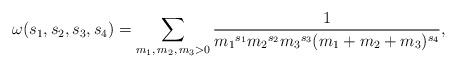
LaTeX: \begin{align*} \omega(s_1, s_2 , s_{3}, s_{4}) = \sum_{m_1,\, m_2,\, m_3 >0} \frac{1}{{m_1}^{s_1} {m_2}^{s_2}{m_3}^{s_3}(m_1 + m_2+m_3)^{s_{4}}},\end{align*}